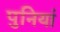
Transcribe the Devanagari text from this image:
पुनियां